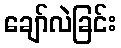
ချော်လဲခြင်း